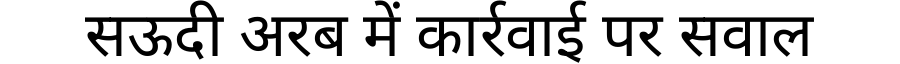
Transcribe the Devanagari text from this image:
सऊदी अरब में कार्रवाई पर सवाल